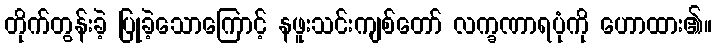
တိုက်တွန်းခဲ့ ပြုခဲ့သောကြောင့် နဖူးသင်းကျစ်တော် လက္ခဏာရပုံကို ဟောထား၏။